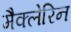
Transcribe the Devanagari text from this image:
मैक्लेरिन